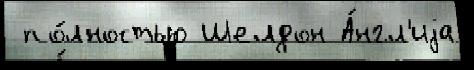
 по́лностью Шелдон А́нгл'иjа